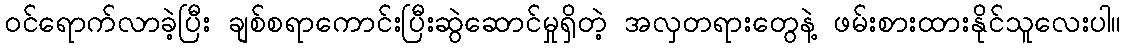
ဝင်ရောက်လာခဲ့ပြီး ချစ်စရာကောင်းပြီးဆွဲဆောင်မှုရှိတဲ့ အလှတရားတွေနဲ့ ဖမ်းစားထားနိုင်သူလေးပါ။